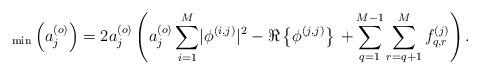
LaTeX: \begin{align*} _{\rm min}\left(a_j^{\left(o\right)}\right)=2 a_j^{\left(o\right)}\left(a_j^{\left(o\right)}\sum_{i=1}^{M} \lvert\phi^{\left(i,j\right)}\rvert^2-\Re\left\{\phi^{\left(j,j\right)}\right\}\right.\left.+\sum_{q=1}^{M-1}\sum_{r=q+1}^{M}f_{q,r}^{\left(j\right)}\right).\end{align*}